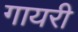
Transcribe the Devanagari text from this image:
गायरी